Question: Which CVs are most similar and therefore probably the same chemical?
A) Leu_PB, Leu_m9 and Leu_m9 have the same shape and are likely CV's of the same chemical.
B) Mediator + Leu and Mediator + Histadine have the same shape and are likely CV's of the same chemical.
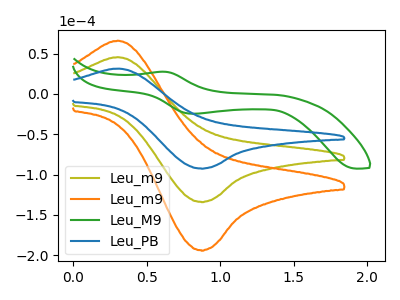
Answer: <think>The olive curve "Leu_m9" has an anodic peak at (0.30V, 45.60uA) and a cathodic peak at (0.85V, -133.80uA). The orange curve "Leu_m9" has an anodic peak at (0.30V, 91.20uA) and a cathodic peak at (0.85V, -267.55uA). The green curve "Leu_M9" has an anodic peak at (0.60V, 27.55uA) and a cathodic peak at (0.80V, -24.55uA). The blue curve "Leu_PB" has an anodic peak at (0.30V, 31.50uA) and a cathodic peak at (0.85V, -92.35uA).
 All the peaks in "Leu_m9" have a peak in "Leu_m9" at the same potential. Every peak in "Leu_m9" is lower than every peak in "Leu_m9". "Leu_m9" and "Leu_M9" have at least one peak that do not match. All the peaks in "Leu_m9" have a peak in "Leu_PB" at the same potential. Every peak in "Leu_m9" is higher than every peak in "Leu_PB". "Leu_m9" and "Leu_M9" have at least one peak that do not match. All the peaks in "Leu_m9" have a peak in "Leu_PB" at the same potential. Every peak in "Leu_m9" is higher than every peak in "Leu_PB". "Leu_M9" and "Leu_PB" have at least one peak that do not match.</think>
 <answer>A) "Leu_PB", "Leu_m9" and "Leu_m9" have the same shape and are likely CV's of the same chemical.</answer>
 <eval>A</eval>